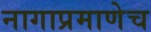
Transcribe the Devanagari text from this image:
नागाप्रमाणेच